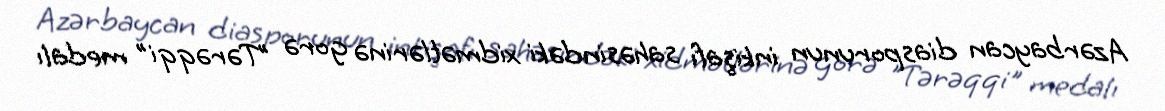
Azərbaycan diasporunun inkişafı sahəsindəki xidmətlərinə gorə "Tərəqqi" medalı